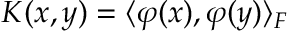
K ( x , y ) = \langle \varphi ( x ) , \varphi ( y ) \rangle _ { F }